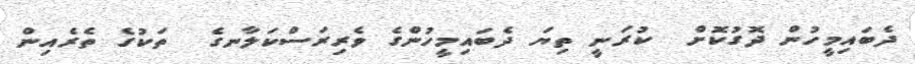
ދެބައިމީހުން ދޮގުކޮށް  ކުރަނީ ތިޔަ ދެބައިމީހުންގެ ވެރިރަސްކަލާނގެ  ތަކުގެ ތެރެއިން